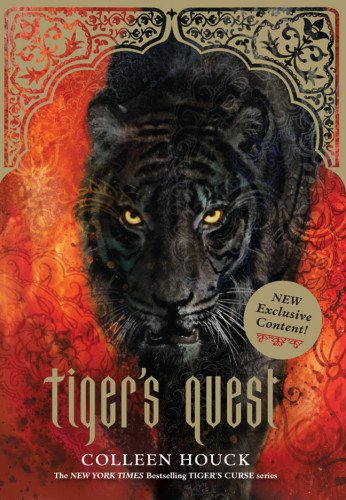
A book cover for Tiger's Quest (Book 2 in the Tiger's Curse Series); Colleen Houck; Children's Books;